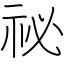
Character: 祕